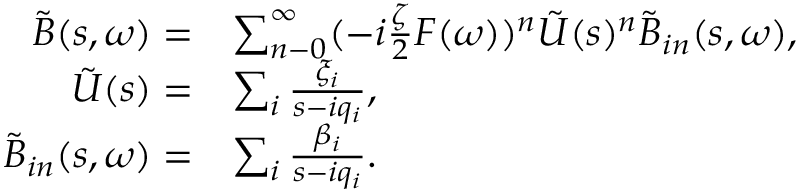
\begin{array} { r l } { \tilde { B } ( s , \omega ) = } & { \sum _ { n - 0 } ^ { \infty } ( - i \frac { \zeta } { 2 } F ( \omega ) ) ^ { n } \tilde { U } ( s ) ^ { n } \tilde { B } _ { i n } ( s , \omega ) , } \\ { \tilde { U } ( s ) = } & { \sum _ { i } \frac { \xi _ { i } } { s - i q _ { i } } , } \\ { \tilde { B } _ { i n } ( s , \omega ) = } & { \sum _ { i } \frac { \beta _ { i } } { s - i q _ { i } } . } \end{array}